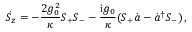
\dot { S } _ { z } = - \frac { 2 g _ { 0 } ^ { 2 } } { \kappa } S _ { + } S _ { - } - \frac { \mathrm { i } g _ { 0 } } { \kappa } ( S _ { + } \dot { a } - \dot { a } ^ { \dagger } S _ { - } ) \, ,